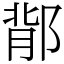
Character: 鄁